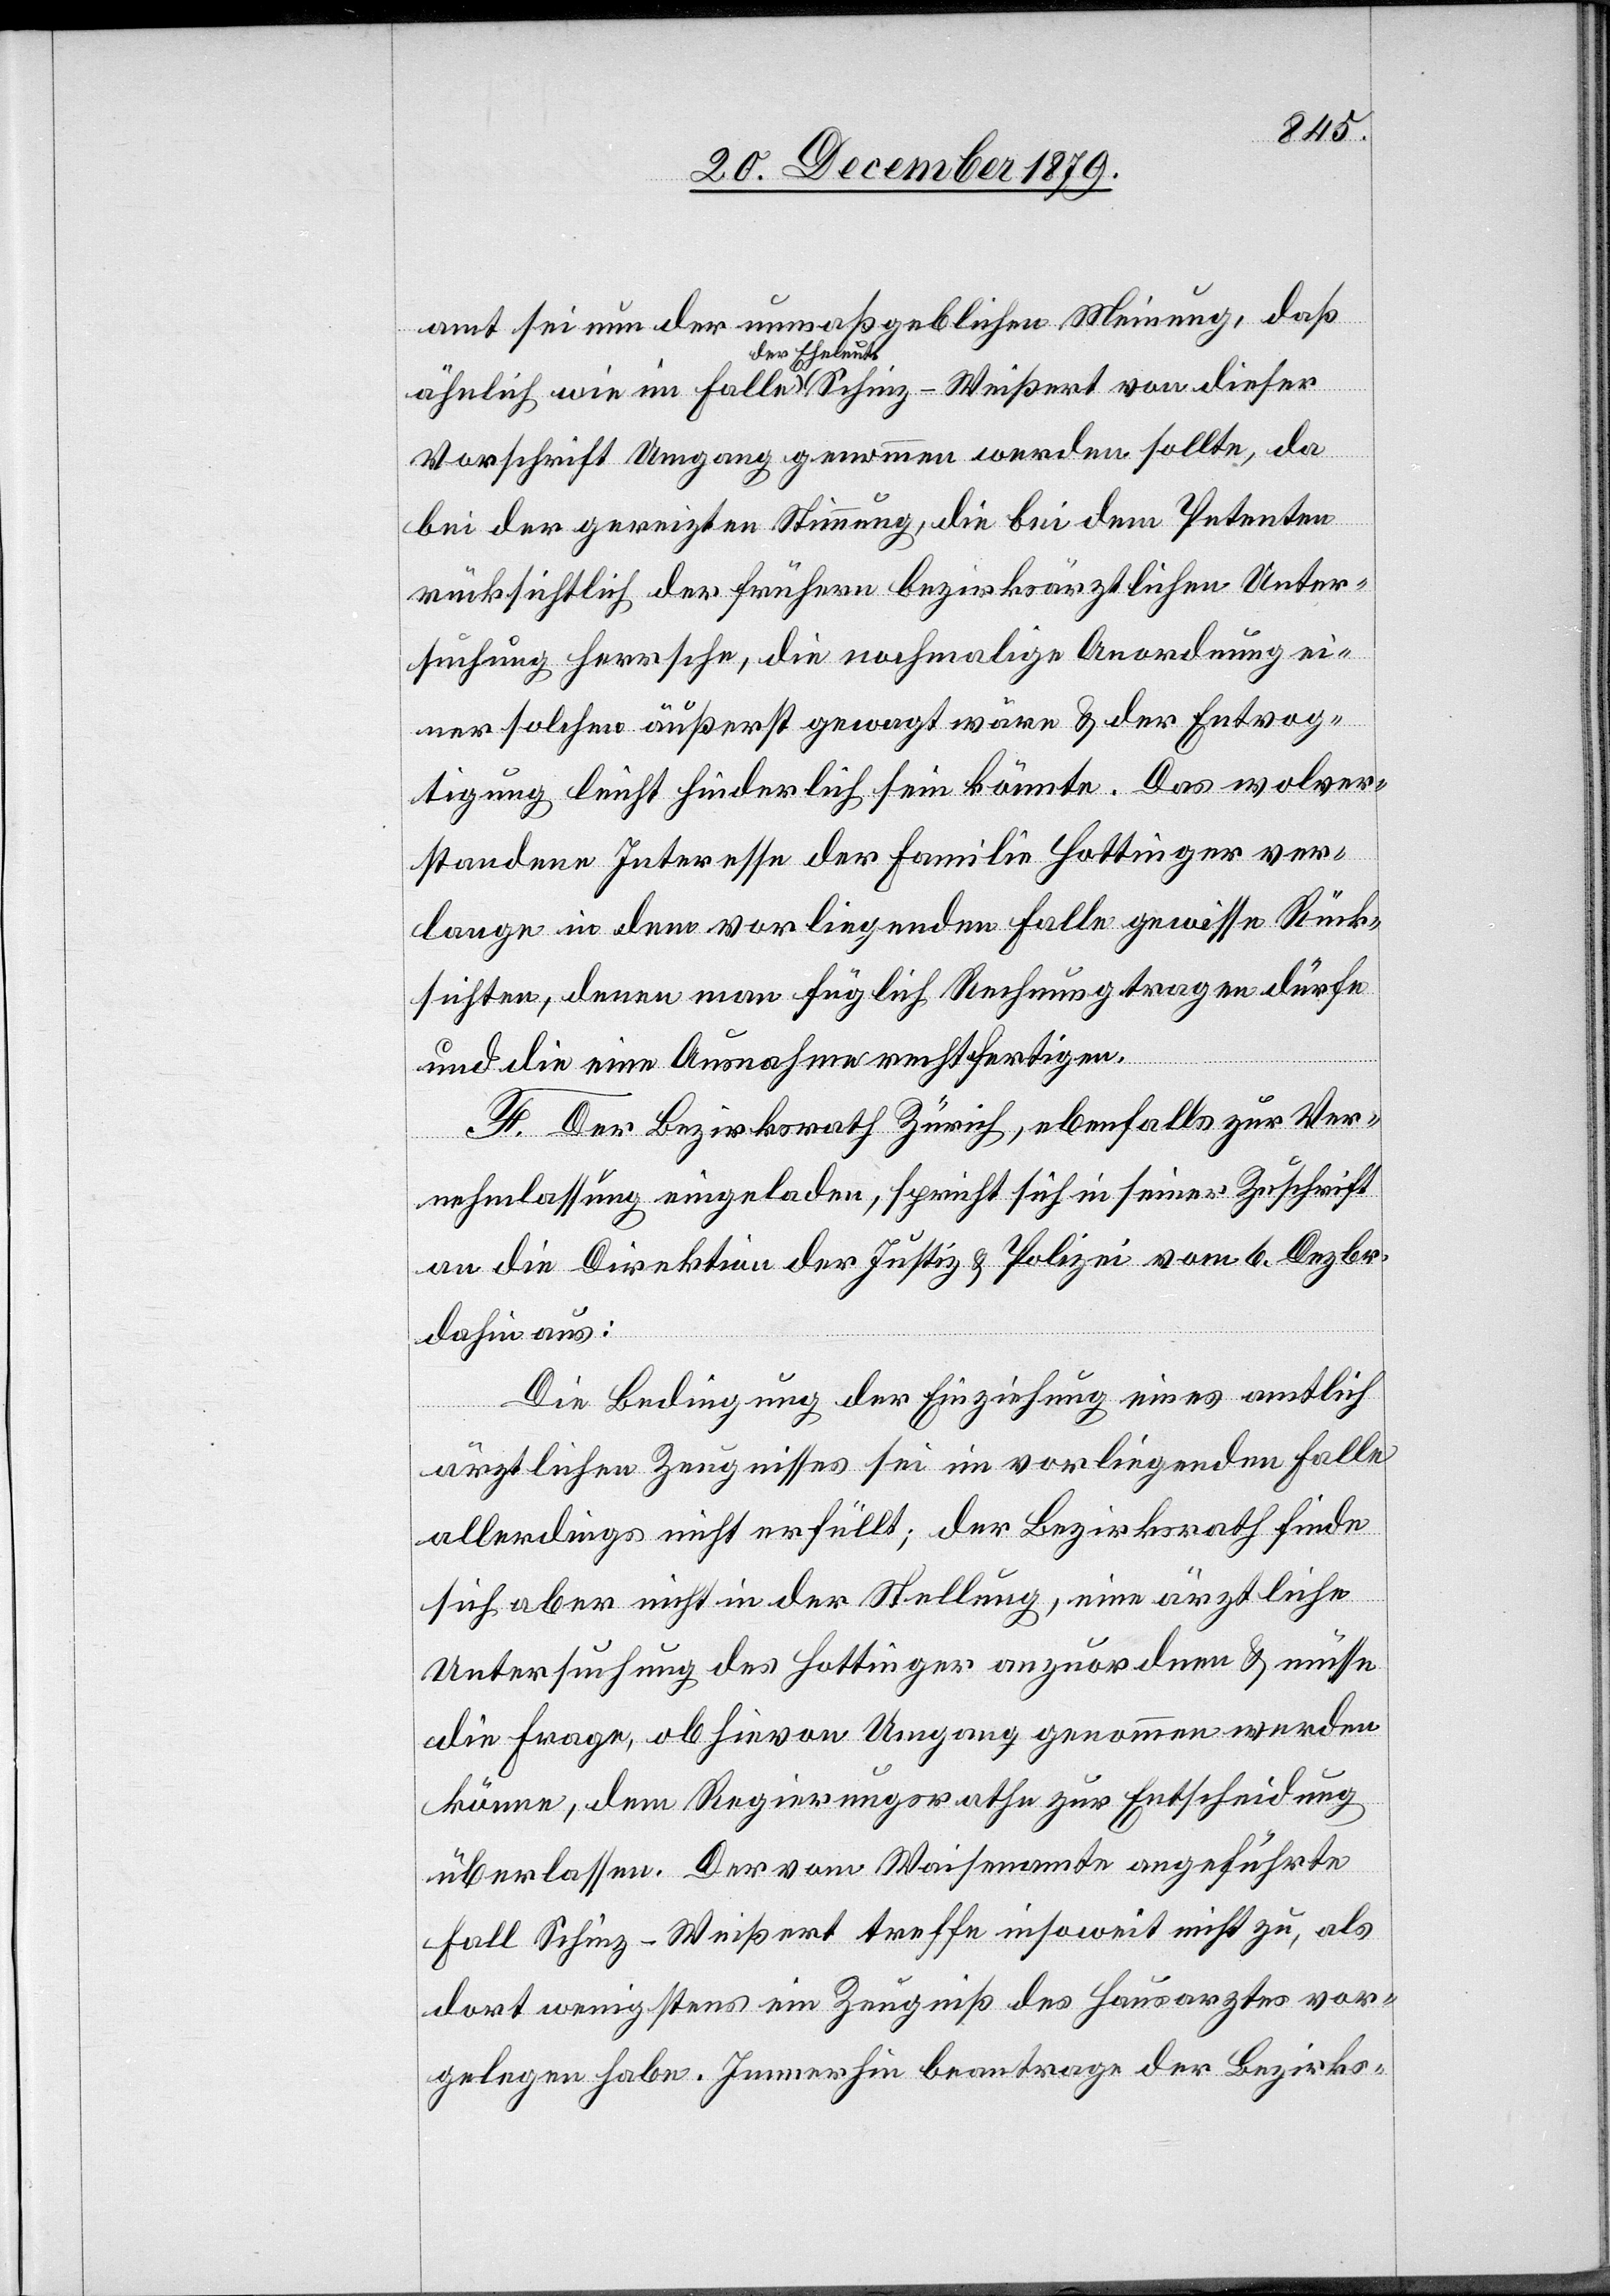
amt sei nun der unmaßgeblichen Meinung, daß
ähnlich wie im Falle der Eheleute Schinz-Weißert von dieser
Vorschrift Umgang genommen werden sollte, da
bei der gereizten Stimmung, die bei dem Petenten
rücksichtlich der frühern bezirksräthlichen Unter¬
suchung herrsche, die nochmalige Anordnung ei¬
ner solchen äußerst gewagt wäre & der Entvog¬
tigung leicht hinderlich sein könnte. Das wolver¬
standene Interesse der Familie Hottinger ver¬
lange in dem vorliegenden Falle gewisse Rück¬
sichten, denen man füglich Rechnung tragen dürfe
und die eine Ausnahme rechtfertigen.
F. Der Bezirksrath Zürich, ebenfalls zur Ver¬
nehmlassung eingeladen, spricht sich in seiner Zeitschrift
an die Direktion der Justiz- & Polizei vom 6. Dezbr.
dahin aus:
Die Bedingung der Einziehung eines amtlich
ärztlichen Zeugnisses sei im vorliegenden Falle
allerdings nicht erfüllt; der Bezirksrath finde
sich aber nicht in der Stellung, eine ärztliche
Untersuchung des Hottinger anzuordnen & müsse
die Frage, ob hievon Umgang genommen werden
könne, dem Regierungsrathe zur Entscheidung
überlassen. Der vom Waisenamte angeführte
Fall Schinz-Weißert treffe insoweit nicht zu, als
dort wenigstens ein Zeugniß des Hausarztes vor¬
gelegen habe. Immerhin beantrage der Bezirks-